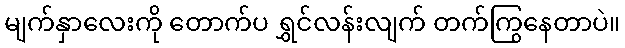
မျက်နှာလေးကို တောက်ပ ရွှင်လန်းလျက် တက်ကြွနေတာပဲ။